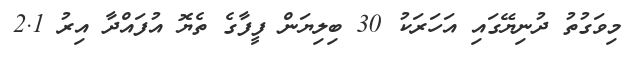
މިވަގުތު ދުނިޔޭގައި އަހަރަކު 30 ބިލިޔަން ފީފާގެ ތެޔޮ އުފައްދާ އިރު 2.1